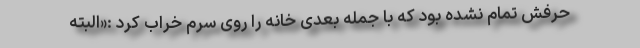
حرفش تمام نشده بود که با جمله بعدی خانه را روی سرم خراب کرد :«البته